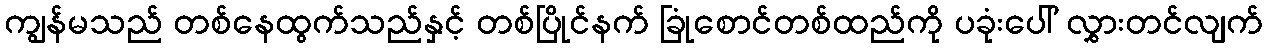
ကျွန်မသည် တစ်နေထွက်သည်နှင့် တစ်ပြိုင်နက် ခြုံစောင်တစ်ထည်ကို ပခုံးပေါ် လွှားတင်လျက်